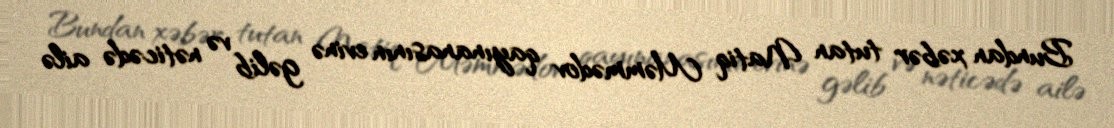
Bundan xəbər tutan Natiq Məmmədov qayınanasının evinə gəlib və nəticədə ailə